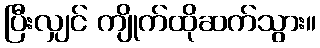
ပြီးလျှင် ကျိုက်ထိုဆက်သွား။